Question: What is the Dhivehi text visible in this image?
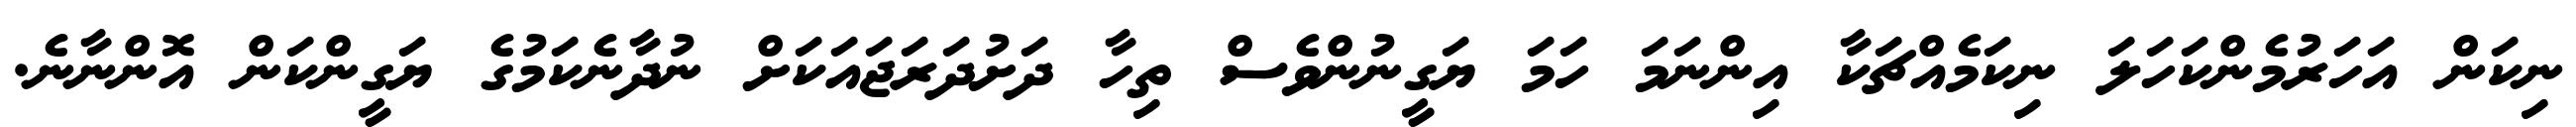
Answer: ނިކަން އަހަރުމެންކަހަލަ ނިކަމެއްޗަކާ އިންނަމަ ހަމަ ޔަގީނުންވެސް ތިހާ ދަށުދަރަޖައަކަށް ނުދާނެކަމުގެ ޔަގީންކަން އޮންނާނެ.